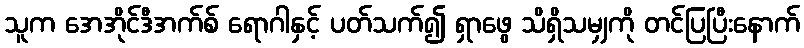
သူက အေအိုင်ဒီအက်စ် ရောဂါနှင့် ပတ်သက်၍ ရှာဖွေ သိရှိသမျှကို တင်ပြပြီးနောက်